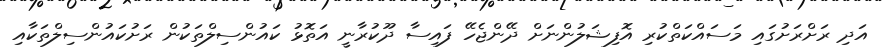
އަދި ރަށްރަށުގައި މަސައްކަތްކުރި އޮފިޝަލުންނަށް ދޭންޖެހޭ ފައިސާ ދޫކުރާނީ އަތޮޅު ކައުންސިލްތަކުން ރަށުކައުންސިލްތަކާއި